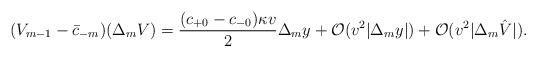
LaTeX: \begin{align*} (V_{m-1}-\bar{c}_{-m})(\Delta_{m}V)=\frac{(c_{+0}-c_{-0})\kappa v}{2}\Delta_my+\mathcal{O}(v^2|\Delta_my|)+\mathcal{O}(v^2|\Delta_m\hat{V}|).\end{align*}